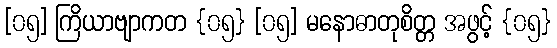
[၀၅] ကြိယာဗျာကတ {၀၅} [၀၅] မနောဓာတုစိတ္တ အဖွင့် {၀၅}